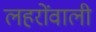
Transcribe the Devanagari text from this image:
लहरोंवाली